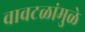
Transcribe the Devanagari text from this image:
वावटळांमुळे